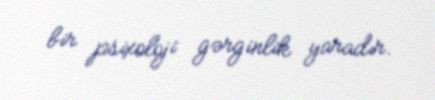
bir psixoloji gərginlik yaradır.